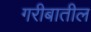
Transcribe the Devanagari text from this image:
गरीबातील